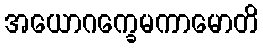
အယောဂက္ခေမကာမောတိ